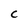
Character: C